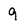
Character: 9